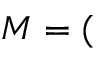
M = (